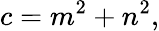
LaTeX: c=m^{2}+n^{2},